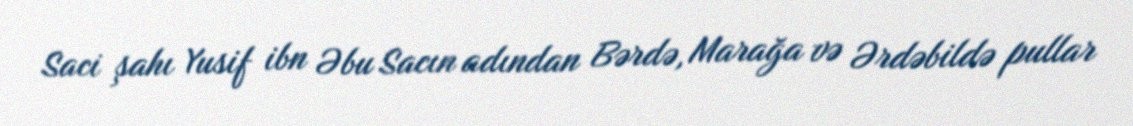
Saci şahı Yusif ibn Əbu Sacın adından Bərdə, Marağa və Ərdəbildə pullar